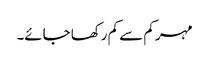
مہر کم سے کم رکھا جائے۔